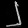
Digit: ၂